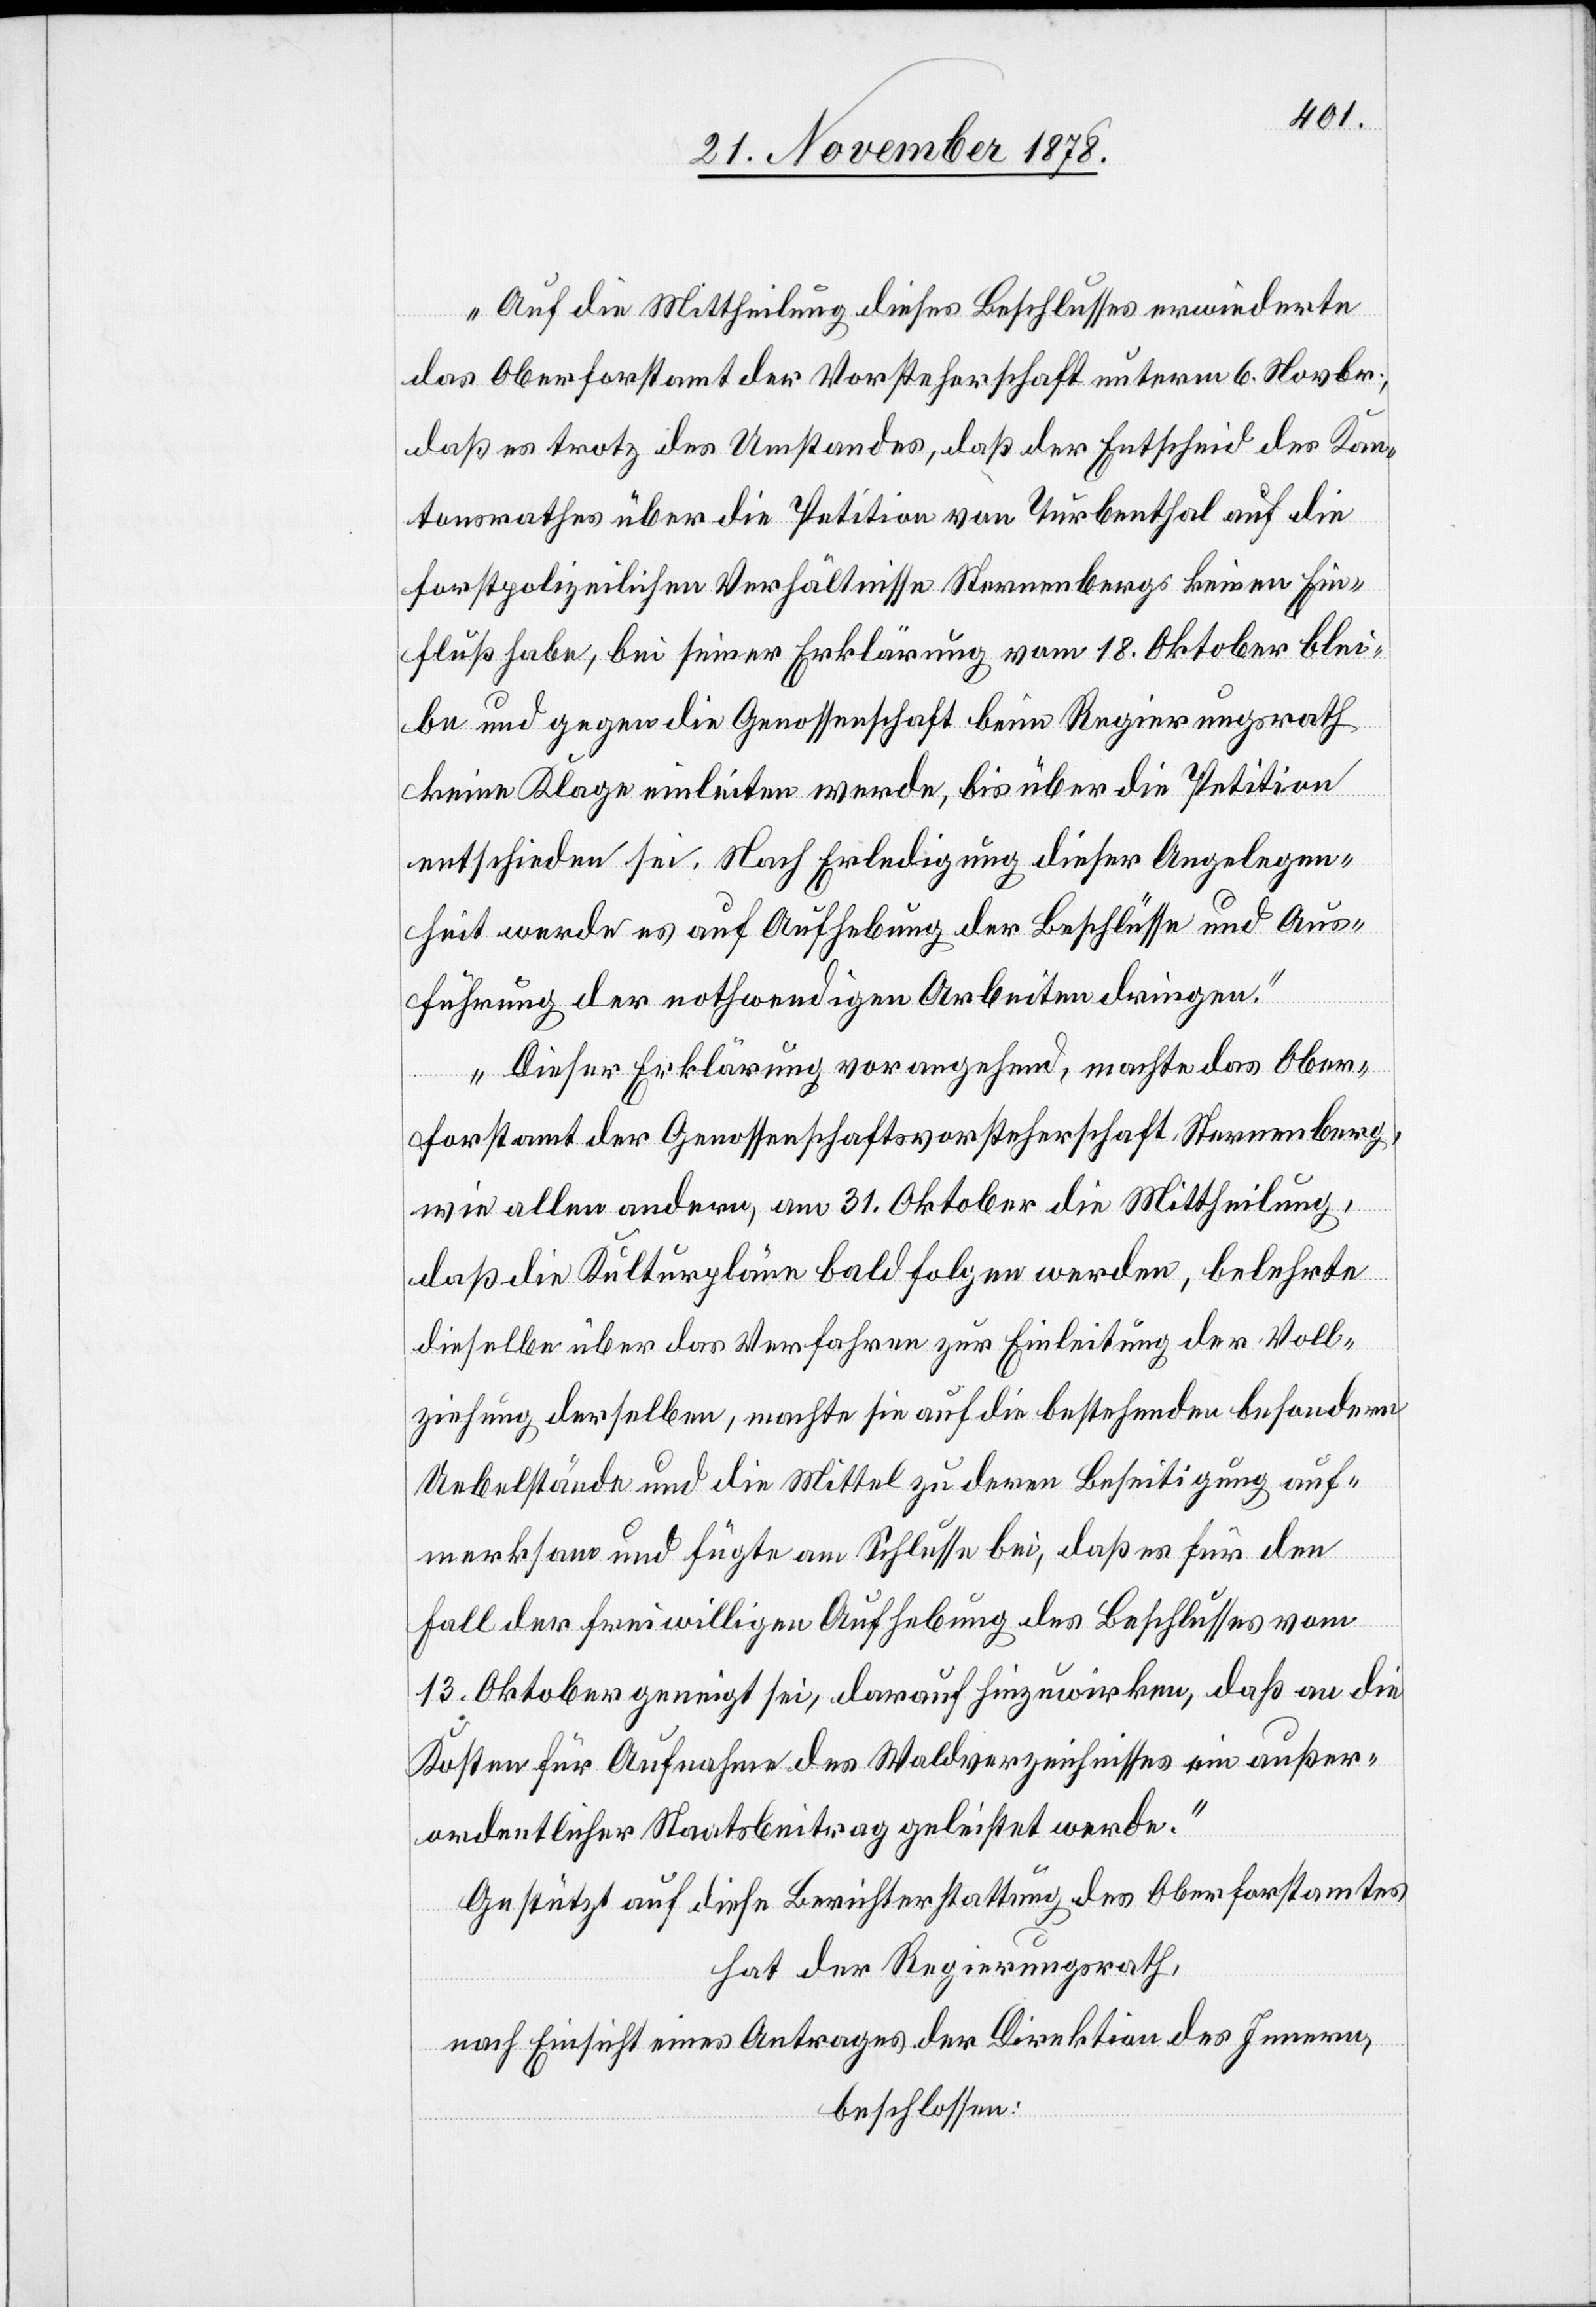
Auf die Mittheilung dieses Beschlusses erwiederte
das Oberforstamt der Vorsteherschaft unterm 6. Novbr.,
daß es trotz des Umstandes, daß der Entscheid des Kan¬
tonsrathes über die Petition von Turbenthal auf die
forstpolizeilichen Verhältnisse Sternenbergs keinen Ein¬
fluß habe, bei seiner Erklärung vom 18. Oktober blei¬
be und gegen die Genossenschaft beim Regierungsrath
keine Klage einleiten werde, bis über die Petition
entschieden sei. Nach Erledigung dieser Angelegen¬
heit werde er auf Aufhebung der Beschlüsse und Aus¬
führung der nothwendigen Arbeiten dringen.
Dieser Erklärung vorangehend, machte das Ober¬
forstamt der Genossenschaftsvorsteherschaft Sternenberg
wie allen andern, am 31. Oktober die Mittheilung,
daß die Kulturpläne bald folgen werden, belehrte
dieselbe über das Verfahren zur Einleitung der Voll¬
ziehung derselben, machte sie auf die bestehenden besondern
Uebelstände und die Mittel zu deren Beseitigung auf¬
merksam und fügte am Schlusse bei, daß es für den
Fall der freilwilligen Aufhebung des Beschlusses vom
13. Oktober geneigt sei, darauf hinzuwirken, daß an die
Kosten für Aufnahme des Waldverzeichnisses ein außer¬
ordentlicher Staatsbeitrag geleistet werde.“
Gestützt auf diese Berichterstattung des Oberforstamtes
hat der Regierungsrath,
nach Einsicht eines Antrages der Direktion des Innern,
beschlossen: